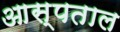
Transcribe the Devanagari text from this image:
आस्पताल